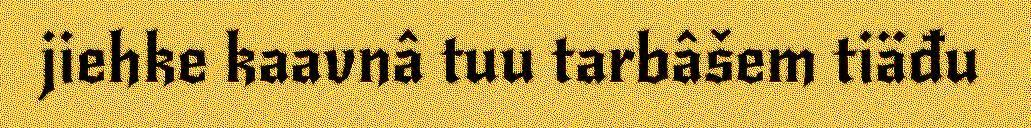
jiehke kaavnâ tuu tarbâšem tiäđu